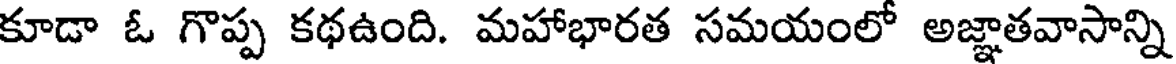
కూడా ఓ గొప్ప కథఉంది. మహాభారత సమయంలో అజ్ఞాతవాసాన్ని